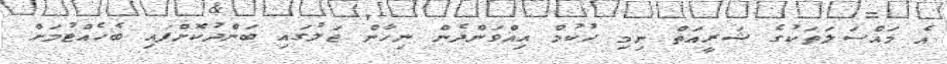
އެ މައްސަލަތަކުގެ ޝަރީއަތް ނިމި ހުކުމް އިއްވަންދެން ނިހާން ޖަލުގައި ބަންދުކޮށްފައި ބެހެއްޓުމަށް